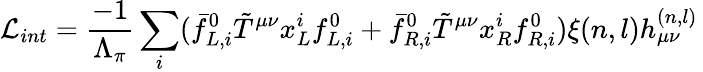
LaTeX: {\cal L}_{int}={\frac{-1}{\Lambda_{\pi}}}\sum_{i}(\bar{f}_{L,i}^{0}\tilde{T}^{\mu\nu}x_{L}^{i}f_{L,i}^{0}+\bar{f}_{R,i}^{0}\tilde{T}^{\mu\nu}x_{R}^{i}f_{R,i}^{0})\xi(n,l)h_{\mu\nu}^{(n,l)}\,